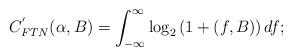
LaTeX: \begin{align*}C^{'}_{FTN}(\alpha,B) = \int_{-\infty}^{\infty}\log_{2} \left( 1 + (f,B) \right) df;\end{align*}